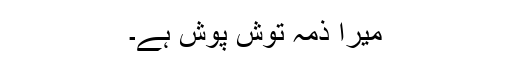
میرا ذمہ توش پوش ہے۔